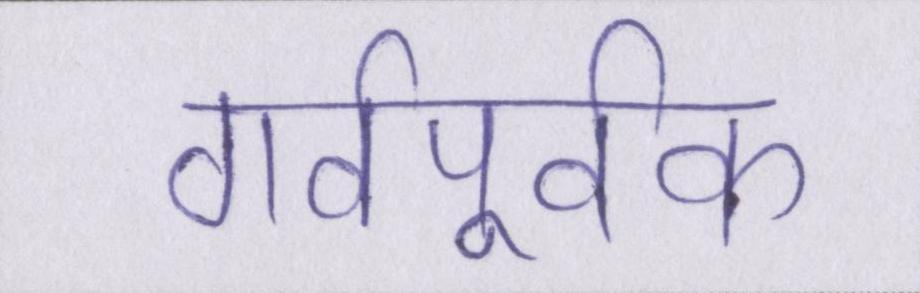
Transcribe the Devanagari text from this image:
गर्वपूर्वक